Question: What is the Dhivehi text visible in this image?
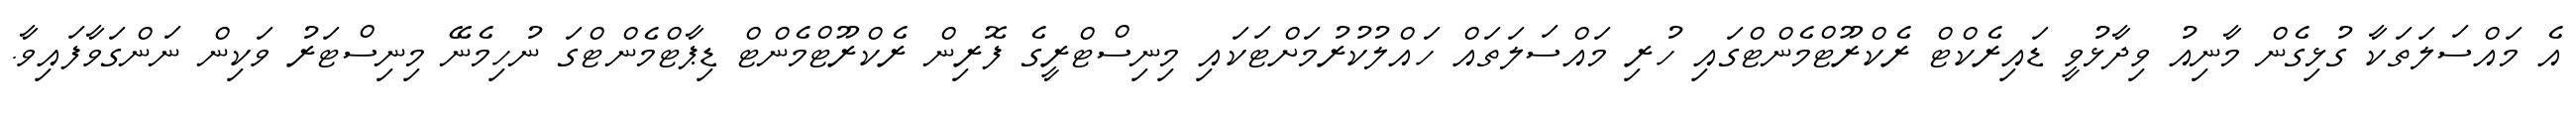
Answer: އެ މައްސަލަތަކާ ގުޅިގެން މާނިއު ވިދާޅުވީ ޑައިރެކްޓް ރެކްރޫޓްމެންޓްގައި ހުރި މައްސަލަތައް ހައްލުކުރުމަށްޓަކައި މިނިސްޓްރީގެ ފޮރިން ރެކްރޫޓްމެންޓް ޑިޕާޓްމެންޓްގަ ނުހިމެނޭ މިނިސްޓަރު ވަކިން ނަންގަވާފައިވާ.